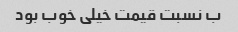
ب نسبت قیمت خیلی خوب بود